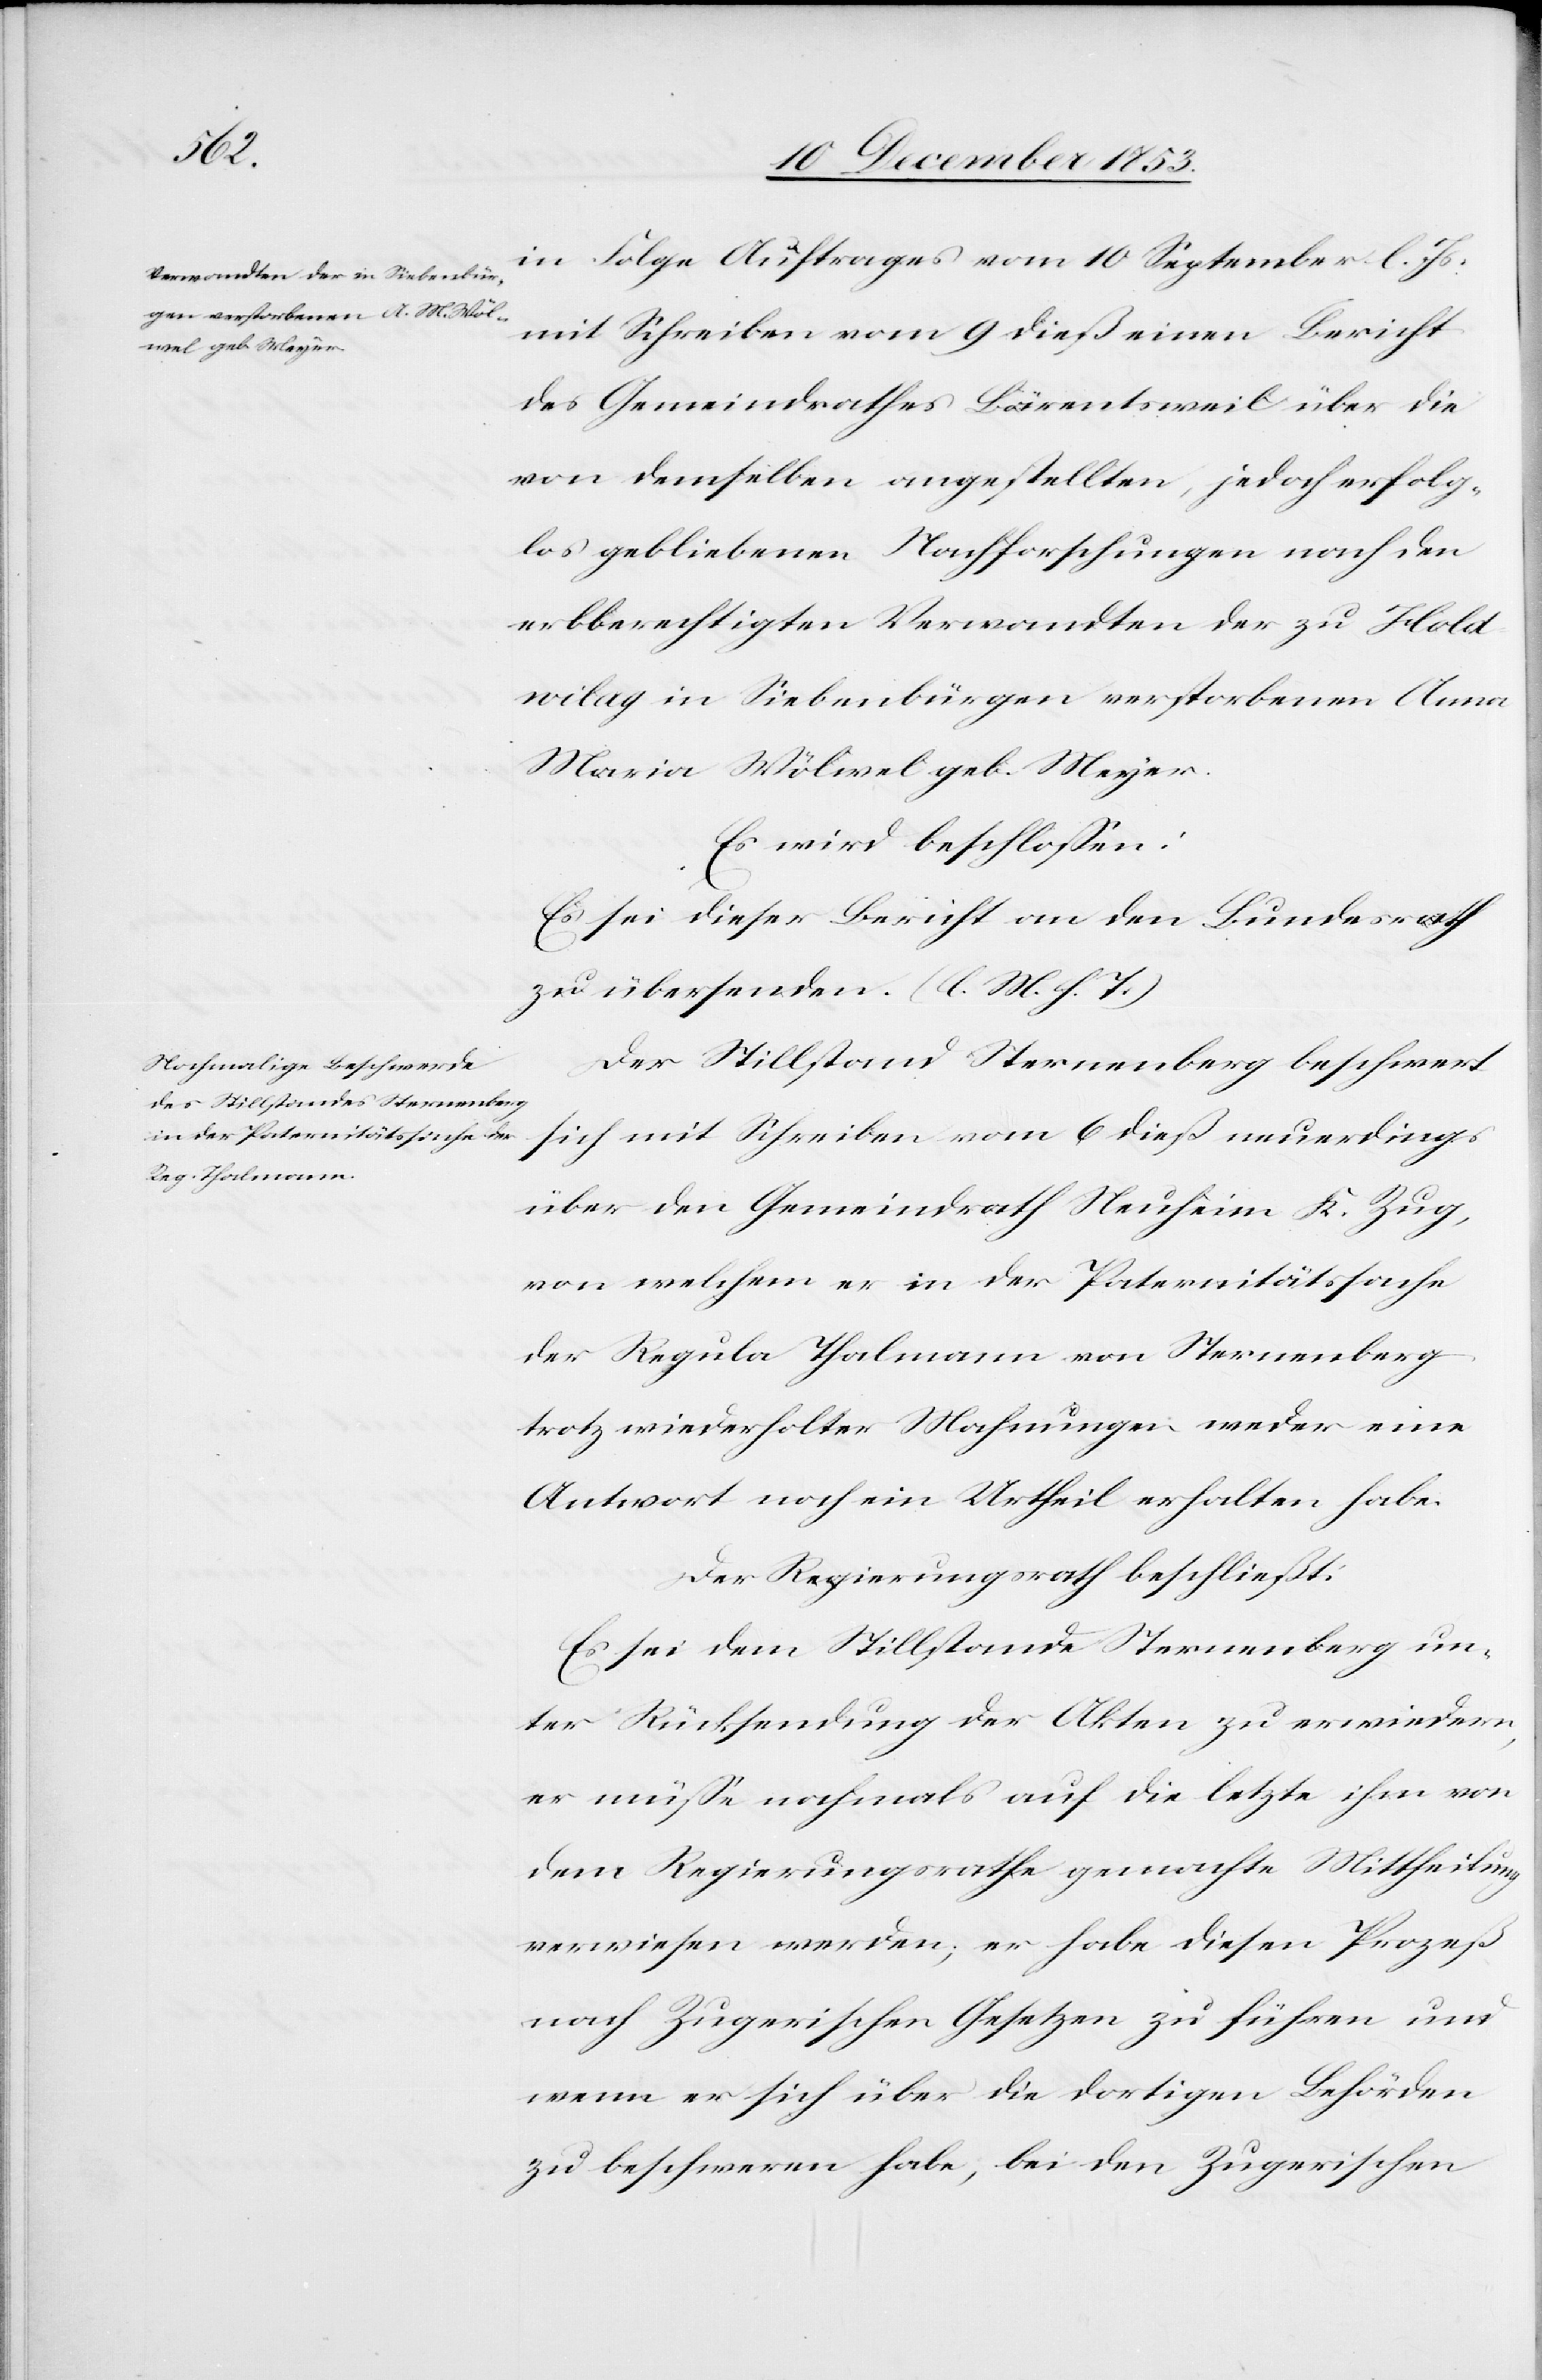
in Folge Auftrages vom 10 September l. Js.
mit Schreiben vom 9 dieß einen Bericht
des Gemeindrathes Bärentsweil über die
von demselben angestellten, jedoch erfolg¬
los gebliebenen Nachforschungen nach den
erbberechtigten Verwandten der zu Holdv¬
ilag in Siebenbürgen verstorbenen Anna
Maria Wölwel geb. Meyer.
Es wird beschloßen:
Es sei dieser Bericht an den Bundesrath
zu übersenden. [l. M. h. T]
Der Stillstand Sternenberg beschwert
sich mit Schreiben vom 6 dieß neuerdings
über den Gemeindrath Neuheim K. Zug,
von welchem er in der Paternitätssache
der Regula Thalmann von Sternenberg
trotz wiederholter Mahnungen weder eine
Antwort noch ein Urtheil erhalten habe.
Der Regierungsrath beschließt:
Es sei dem Stillstande Sternenberg un¬
ter Rücksendung der Akten zu erwiedern,
er müße nachmals auf die letzte ihm von
dem Regierungsrathe gemachte Mittheilung
verwiesen werden; er habe diesen Prozeß
nach Zugerischen Gesetzen zu führen und
wenn er sich über die dortigen Behörden
zu beschweren habe, bei den Zugerischen